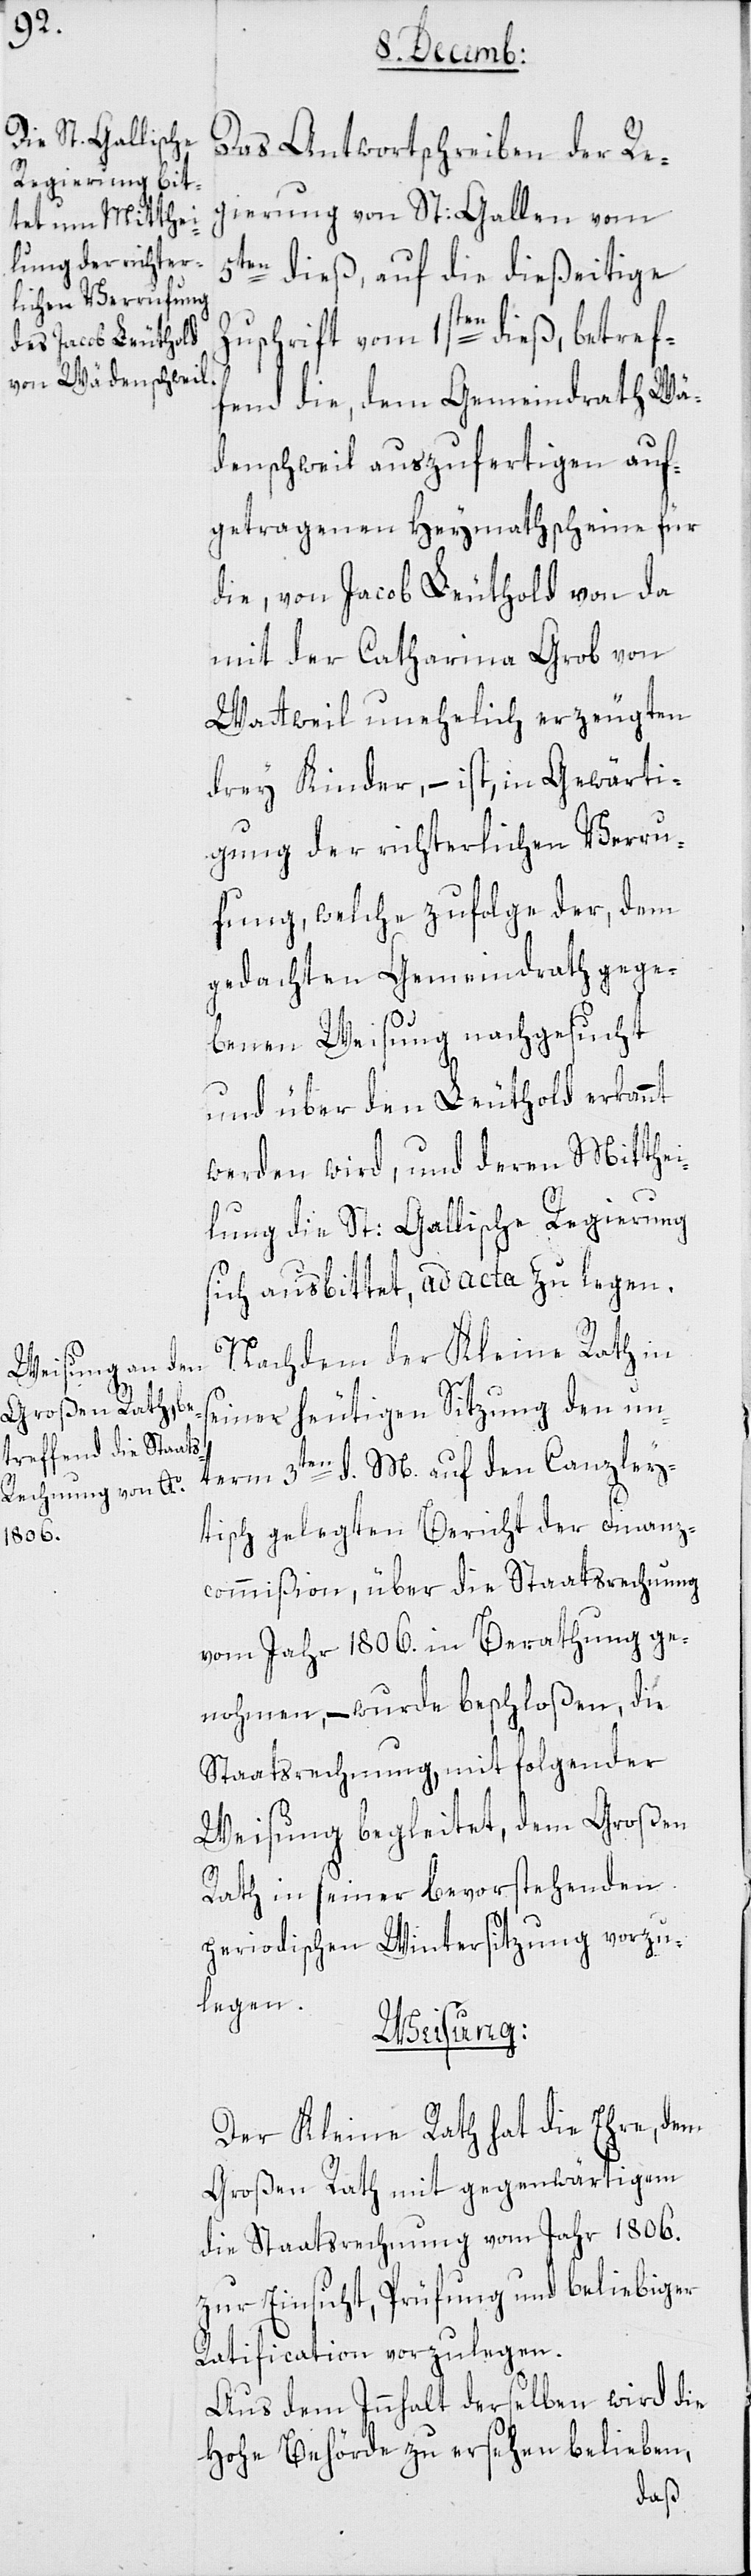
Das Antwortschreiben der Re¬
gierung von St. Gallen vom
5ten dieß, auf die dießeitige
Zuschrift vom 1sten dieß, betref¬
fend die dem Gemeindrath Wä¬
denschweil auszufertigen auf¬
getragenen Heymathscheine für
die, von Jacob Leuthold von da
mit der Catharina Grob von
Wattweil unehelich erzeugten
drey Kinder, – ist, in Gewärti¬
gung der richterlichen Verru¬
fung, welche zufolge der, dem
gedachten Gemeindrath gege¬
benen Weisung nachgesucht
und über den Leuthold erkannt
werden wird, und deren Mitthei¬
lung die St: Gallische Regierung
sich ausbittet, ad acta zu legen.
Nachdem der Kleine Rath in
seiner heutigen Sitzung den un¬
term 3ten d. M. auf den Canzley¬
tisch gelegten Bericht der Finanz¬
commißion über die Staatsrechnung
vom Jahr 1806. in Berathung ge¬
nohmen, – wurde beschloßen, die
Staatsrechnung mit folgender
Weisung begleitet, dem Großen
Rath in seiner bevorstehenden
periodischen Wintersitzung vorzu¬
legen.
Weisung:
Der Kleine Rath hat die Ehre, dem
Großen Rath mit gegenwärtigem
die Staatsrechnung vom Jahr 1806.
zur Einsicht, Prüfung und beliebiger
Ratification vorzulegen.
Aus dem Innhalt derselben wird die
Hohe Behörde zu ersehen belieben,